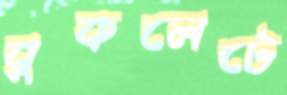
বুকলেটে